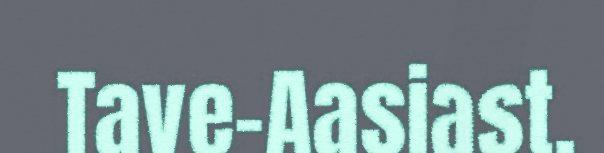
Tave-Aasiast.